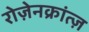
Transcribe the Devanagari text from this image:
रोज़ेनक्रांत्ज़